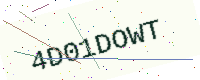
Text: 4D01DOWT